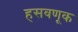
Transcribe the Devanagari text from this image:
हसवणूक